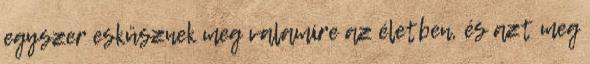
egyszer esküsznek meg valamire az életben, és azt meg